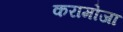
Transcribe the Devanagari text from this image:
करामोजा